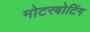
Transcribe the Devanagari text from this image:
मोटरबोटिंग